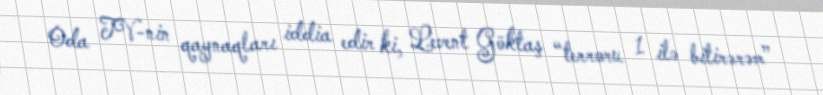
Oda TV-nin qaynaqları iddia edir ki, Levent Göktaş “terroru 1 ilə bitirərəm”